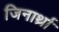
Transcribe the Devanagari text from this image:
जिनार्थ्रा